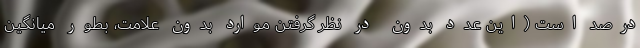
درصد است (این عدد بدون در نظر گرفتن موارد بدون علامت، بطور میانگین